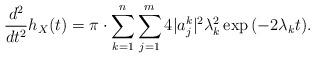
LaTeX: \begin{align*} \frac{d^2}{dt^2}h_{X}(t)= \pi\cdot\sum_{k=1}^n\sum_{j=1}^{m} 4 |a_j^{k}|^2 \lambda_k^2 \exp{( - 2 \lambda_k t)}.\end{align*}